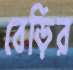
বেড়ির